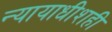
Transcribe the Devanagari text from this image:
न्यायाधीशही